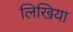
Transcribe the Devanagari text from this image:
लिखिया